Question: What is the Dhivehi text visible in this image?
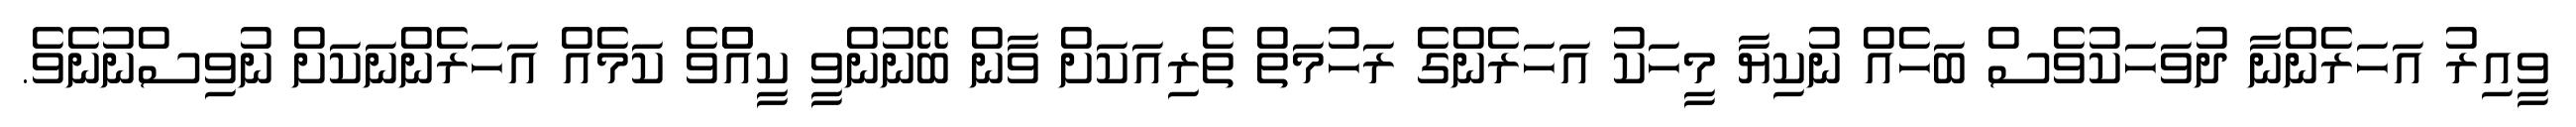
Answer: ވީއިރު އަހަރެންނާ ދުވަހަކުވެސް ބަހެއް ނުކިޔާ މީހަކު އަހަރެންގެ ރަހުމަތް ތެރިއަކަށް ވާން ބޭނުންވީ ކީއްްވެ ކަމެއް އަހަރެންނަކަށް ނުވިސްނުނެވެ.